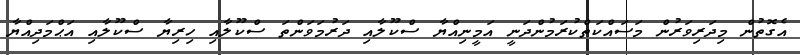
އެގޮތުން މިދަރިވަރުން މަސައްކަތްކުރަމުންދަނީ އަމީނިއްޔާ ސްކޫލާއި ދަރުމަވަންތަ ސްކޫލާއި ހިރިޔާ ސްކޫލާއި އަޙްމަދިއްޔާ